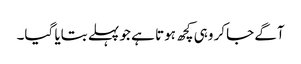
آگے جاکر وہی کچھ ہوتا ہے جو پہلے بتایا گیا۔